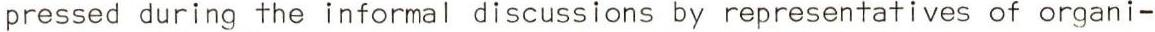
pressed during the informal discussions by representatives of organi-